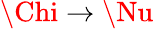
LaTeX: \Chi\to\Nu